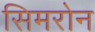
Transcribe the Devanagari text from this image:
सिमरोन